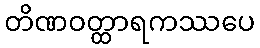
တိဏဝတ္ထာရကဿပေ